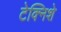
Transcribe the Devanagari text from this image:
टेक्निशे